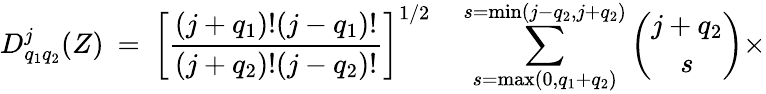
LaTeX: D_{q_{1}q_{2}}^{j}(Z)\: =\: \left[\frac{(j+q_{1})!(j-q_{1})!}{(j+q_{2})!(j-q_{2})!}\right]^{1/2}\quad\sum_{s=\operatorname*{max}(0,q_{1}+q_{2})}^{s=\operatorname*{min}(j-q_{2},j+q_{2})}{\binom{j+q_{2}}{s}}\times